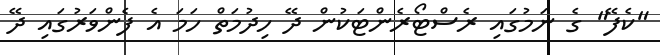
"ކެފޭ" ގެ ނަމުގައި ރެސްޓޯރެންޓަކުން ދޭ ހިދުމަތް ހަމަ އެ ފެންވަރުގައި ދޭ